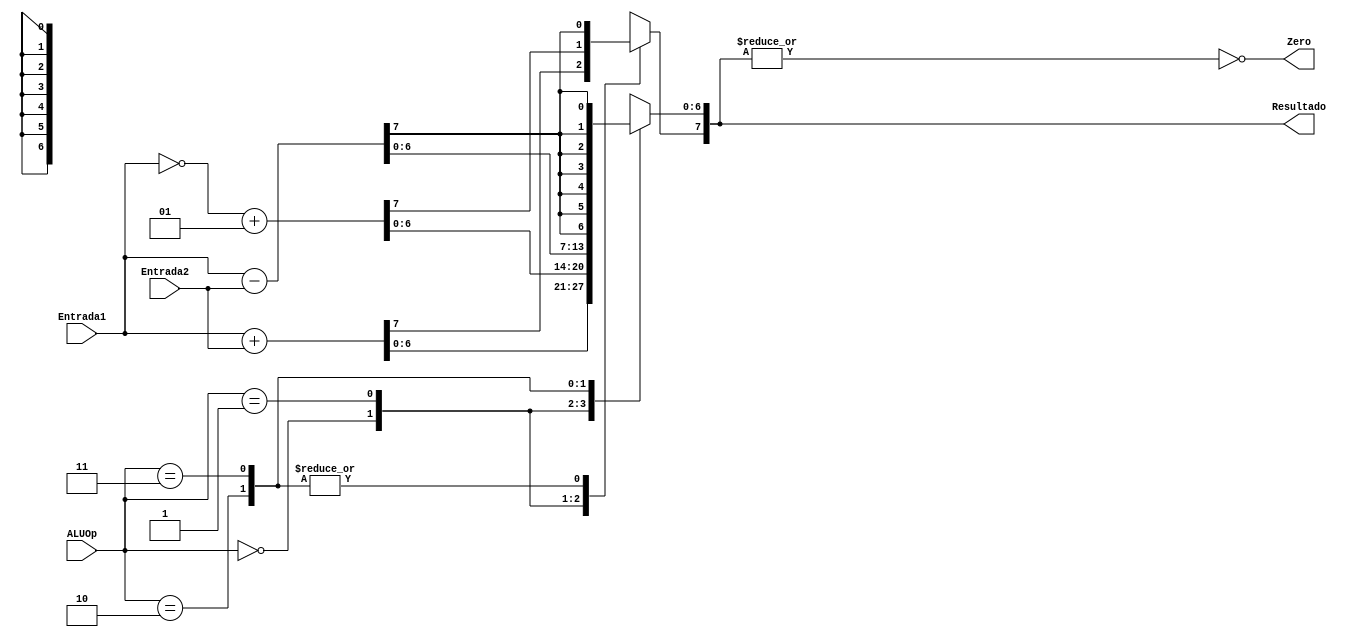
module ULA (Entrada1, Entrada2, Zero, Resultado, ALUOp);

  input signed [7:0] Entrada1, Entrada2;
  input [1:0] ALUOp;
  output reg Zero;
  output reg [7:0] Resultado;

  always @(Entrada1, Entrada2) begin
    case (ALUOp)
      2'b00: Resultado = Entrada1 + Entrada2;
      2'b01: Resultado = ~Entrada1 + 1;
      2'b10: Resultado = Entrada1 - Entrada2;
      2'b11: begin 
        Resultado = Entrada1 - Entrada2;
        Resultado[6:0] = {7{Resultado[7]}};
      end
      default: ;
    endcase

    Zero = |Resultado;
    Zero = ~Zero;
  end

endmodule